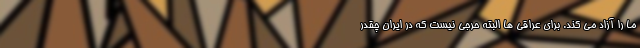
ما را آزاد می کند. برای عراقی ها البته حرجی نیست که در ایران چقدر